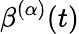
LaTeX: \beta^{(\alpha)}(t)